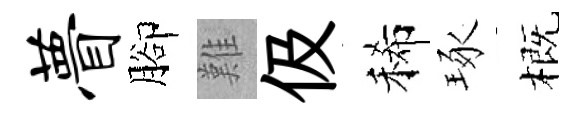
瞢腳難伋稀琢概